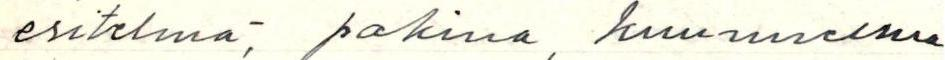
esitelmä, pakina, kuunnelma